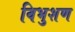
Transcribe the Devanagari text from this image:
विभुशण